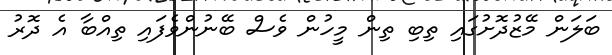
ބަލަން މޭޒުދޮށުގައި ތިބި ތިން މީހުން ވެސް ބޭނުންވެފައި ތިއްބާ އެ ދޮރު